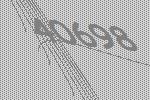
40698